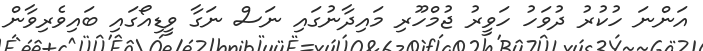
އަންނަ ހުކުރު ދުވަހު ހަވީރު ޖުމްހޫރި މައިދާނުގައި ނަސް ނަގާ ވީޑިއޯގައި ބައިވެރިވާން